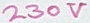
Text: 230V